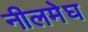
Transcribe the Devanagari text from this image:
नीलमेघ